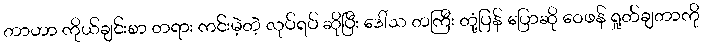
တာဟာ ကိုယ်ချင်းစာ တရား ကင်းမဲ့တဲ့ လုပ်ရပ် ဆိုပြီး ဒေါ်သ တကြီး တုံ့ပြန် ပြောဆို ဝေဖန် ရှုတ်ချတာကို